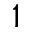
1